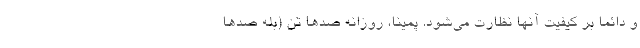
و دائما بر کیفیت آنها نظارت می‌شود. پمینا، روزانه صدها تن (بله صدها